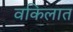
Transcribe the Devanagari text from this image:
वकिलात